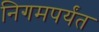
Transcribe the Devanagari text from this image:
निगमपर्यंत